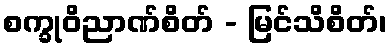
စက္ခုဝိညာဏ်စိတ် - မြင်သိစိတ်၊